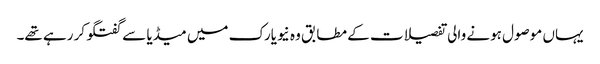
یہاں موصول ہونے والی تفصیلات کے مطابق وہ نیویارک میں میڈیا سے گفتگو کر رہے تھے۔